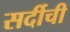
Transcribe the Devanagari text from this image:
सर्दीची